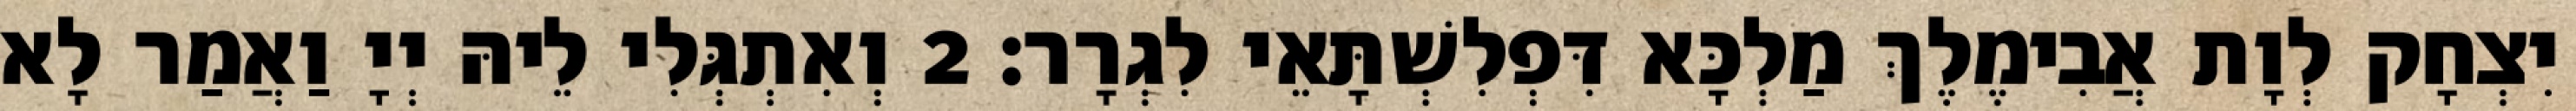
יִצְחָק לְוָת אֲבִימֶלֶךְ מַלְכָּא דִּפְלִשְׁתָּאֵי לִגְרָר׃ 2 וְאִתְגְּלִי לֵיהּ יְיָ וַאֲמַר לָא